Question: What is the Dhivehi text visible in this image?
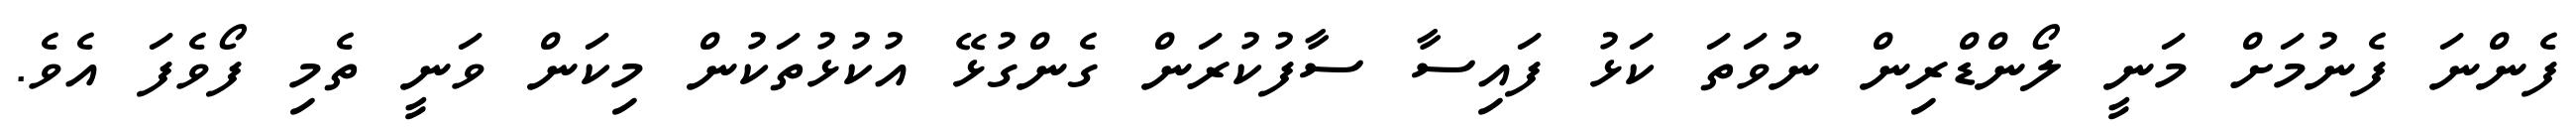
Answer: ފެންނަ ފެނުމަށް މަނީ ލޯންޑްރިން ނުވަތަ ކަޅު ފައިސާ ސާފުކުރަން ގެންގުޅޭ އުކުޅުތަކުން މިކަން ވަނީ ތެމި ފޯވެފަ އެވެ.